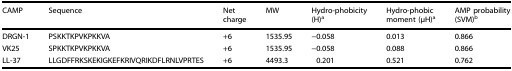
<table><thead><tr><td><b>CAMP</b></td><td><b>Sequence</b></td><td><b>Net charge</b></td><td><b>MW</b></td><td><b>Hydro-phobicity (H)<sup>a</sup></b></td><td><b>Hydro-phobic moment (μH)<sup>a</sup></b></td><td><b>AMP probability (SVM)<sup>b</sup></b></td></tr></thead><tbody><tr><td>DRGN-1</td><td>PSKKTKPVKPKKVA</td><td>+6</td><td>1535.95</td><td>−0.058</td><td>0.013</td><td>0.866</td></tr><tr><td>VK25</td><td>SPKKTKPVKPKKVA</td><td>+6</td><td>1535.95</td><td>−0.058</td><td>0.088</td><td>0.866</td></tr><tr><td>LL-37</td><td>LLGDFFRKSKEKIGKEFKRIVQRIKDFLRNLVPRTES</td><td>+6</td><td>4493.3</td><td>0.201</td><td>0.521</td><td>0.762</td></tr></tbody></table>